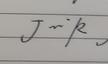
Signature authenticity: genuine